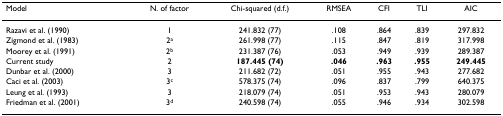
<table><thead><tr><td><b>Model</b></td><td><b>N. of factor</b></td><td><b>Chi-squared (d.f.)</b></td><td><b>RMSEA</b></td><td><b>CFI</b></td><td><b>TLI</b></td><td><b>AIC</b></td></tr></thead><tbody><tr><td>Razavi et al. (1990)</td><td>1</td><td>241.832 (77)</td><td>.108</td><td>.864</td><td>.839</td><td>297.832</td></tr><tr><td>Zigmond et al. (1983)</td><td>2<sup>a</sup></td><td>261.998 (77)</td><td>.115</td><td>.847</td><td>.819</td><td>317.998</td></tr><tr><td>Moorey et al. (1991)</td><td>2<sup>b</sup></td><td>231.387 (76)</td><td>.053</td><td>.949</td><td>.939</td><td>289.387</td></tr><tr><td>Current study</td><td>2</td><td><b>187.445 (74)</b></td><td><b>.046</b></td><td><b>.963</b></td><td><b>.955</b></td><td><b>249.445</b></td></tr><tr><td>Dunbar et al. (2000)</td><td>3</td><td>211.682 (72)</td><td>.051</td><td>.955</td><td>.943</td><td>277.682</td></tr><tr><td>Caci et al. (2003)</td><td>3<sup>c</sup></td><td>578.375 (74)</td><td>.096</td><td>.837</td><td>.799</td><td>640.375</td></tr><tr><td>Leung et al. (1993)</td><td>3</td><td>218.079 (74)</td><td>.051</td><td>.953</td><td>.943</td><td>280.079</td></tr><tr><td>Friedman et al. (2001)</td><td>3<sup>d</sup></td><td>240.598 (74)</td><td>.055</td><td>.946</td><td>.934</td><td>302.598</td></tr></tbody></table>